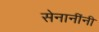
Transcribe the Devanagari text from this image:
सेनानींनी